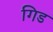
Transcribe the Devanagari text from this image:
गिड